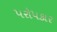
૫રો૫કાર